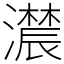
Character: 𤂑